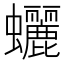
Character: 𧕯